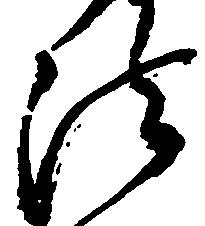
法